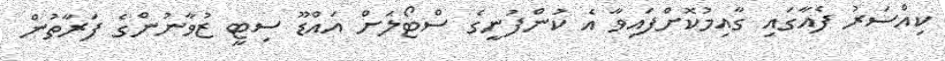
ކިއްސަރު ފެއާގައި ގާއިމުކޮށްފައިވާ އެ ކުންފުނީގެ ސްޓޯލަށް އައްޑޫ ސިޓީ ޒުވާނުންގެ ފަރާތުން